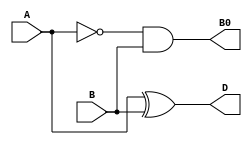
module half_sub(D,B0,A,B);
input A,B;
output D,B0;
wire D,B0;
wire w1;
not(w1,A);
assign D = A^B;
assign B0 = w1 & B;
endmodule

module full_sub(Diff,Bout,A,B,Bin);
output Diff,Bout;
input A,B,Bin;
wire w1,w2,w3;
half_sub hs1(.D(w1),.B0(w2),.A(A),.B(B));
half_sub hs2(.D(Diff),.B0(w3),.A(w1),.B(Bin));
assign Bout = w3 | w2;
endmodule

module f_subtest();
reg A,B,Bin;
wire Diff,Bout;
full_sub fs1(.Diff(Diff),.Bout(Bout),.A(A),.B(B),.Bin(Bin));
initial 
begin
#100 A = 1'b0;B=1'b0;Bin=1'b0;
#100 A = 1'b0;B=1'b0;Bin=1'b1;
#100 A = 1'b0;B=1'b1;Bin=1'b0;
#100 A = 1'b0;B=1'b1;Bin=1'b1;
#100 A = 1'b1;B=1'b0;Bin=1'b0;
#100 A = 1'b1;B=1'b0;Bin=1'b1;
#100 A = 1'b1;B=1'b1;Bin=1'b0;
#100 A = 1'b1;B=1'b1;Bin=1'b1;
end
endmodule